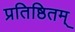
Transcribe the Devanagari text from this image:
प्रतिष्ठितम्